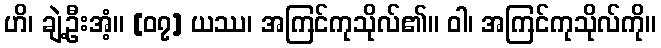
ဟိ၊ ချဲ့ဦးအံ့။ [၀၇] ယဿ၊ အကြင်ကုသိုလ်၏။ ဝါ၊ အကြင်ကုသိုလ်ကို။